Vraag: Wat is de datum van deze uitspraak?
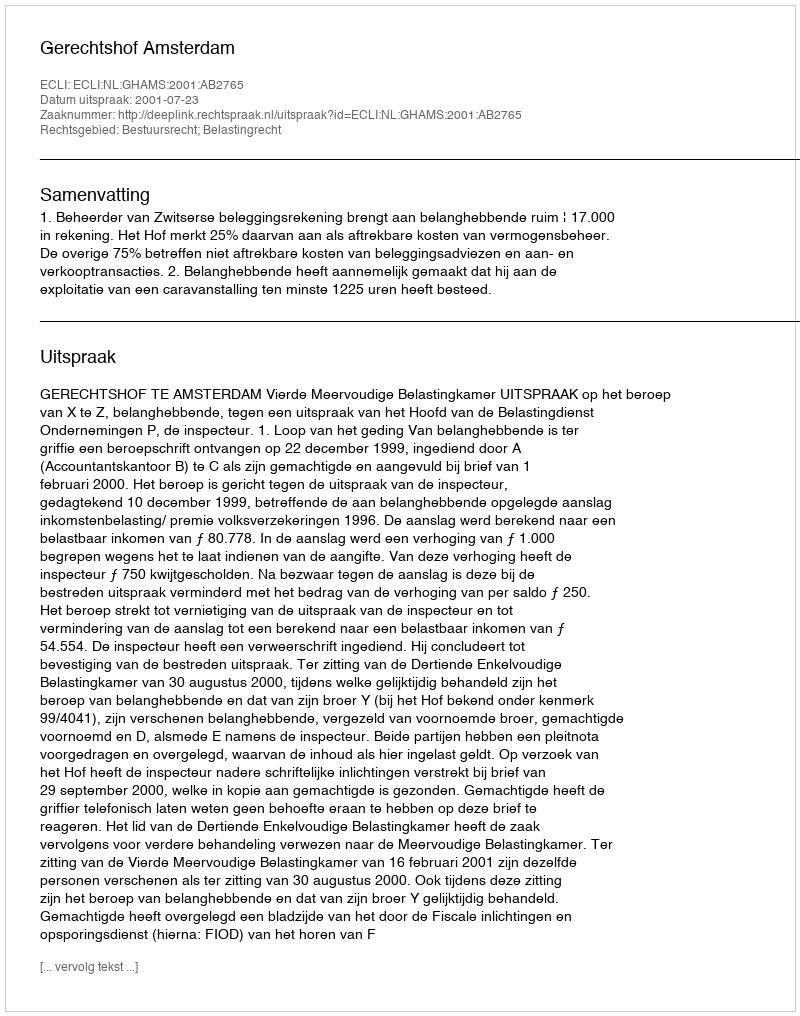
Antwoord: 2001-07-23